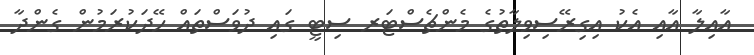
އާއިލާ އާއި އެކު އިގިރޭސިވިލާތުގެ މެންޗެސްޓަރ ސިޓީ ގައި ދުވަސްތައް ހޭދަކުރަމުން ގެންދާ